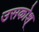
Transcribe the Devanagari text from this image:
उसकोश्